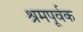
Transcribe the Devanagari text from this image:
श्रमपूर्वक